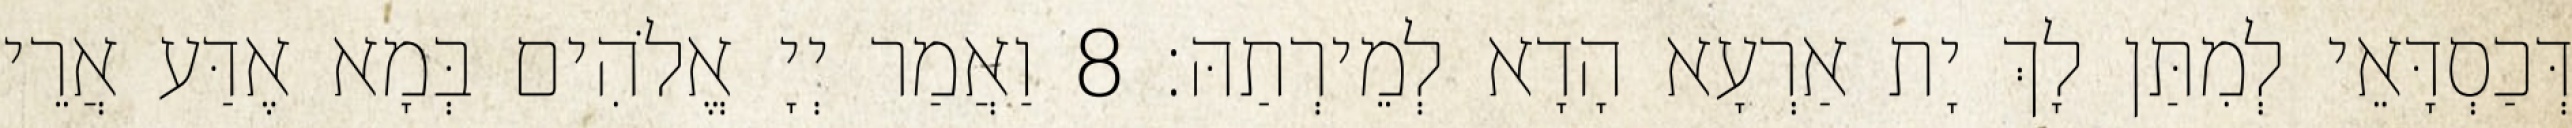
דְּכַסְדָּאֵי לְמִתַּן לָךְ יָת אַרְעָא הָדָא לְמֵירְתַהּ׃ 8 וַאֲמַר יְיָ אֱלֹהִים בְּמָא אֶדַּע אֲרֵי